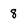
Character: 8